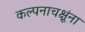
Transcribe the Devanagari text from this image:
कल्पनाचक्षूंना